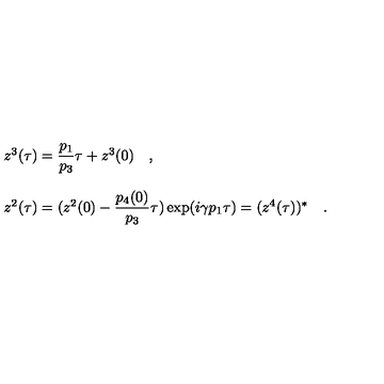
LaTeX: \begin{array} { l } { z ^ { 3 } ( \tau ) = { \displaystyle \frac { p _ { 1 } } { p _ { 3 } } } \tau + z ^ { 3 } ( 0 ) \quad , } \\ { } \\ { z ^ { 2 } ( \tau ) = ( z ^ { 2 } ( 0 ) - { \displaystyle \frac { p _ { 4 } ( 0 ) } { p _ { 3 } } } \tau ) \exp ( i \gamma p _ { 1 } \tau ) = ( z ^ { 4 } ( \tau ) ) ^ { * } \quad . } \\ \end{array}